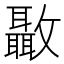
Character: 𣀳